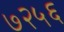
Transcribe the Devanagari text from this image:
७२५६